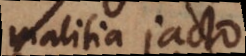
malitia jacto,